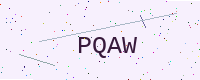
Text: PQAW